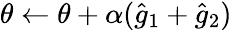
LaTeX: \theta\leftarrow\theta+\alpha(\hat{g}_{1}+\hat{g}_{2})